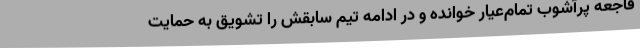
فاجعه پرآشوب تمام‌عیار خوانده و در ادامه تیم سابقش را تشویق به حمایت